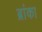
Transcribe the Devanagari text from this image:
ब्रांका